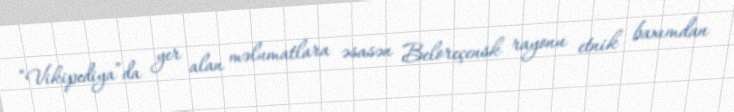
“Vikipediya”da yer alan məlumatlara əsasən Beloreçensk rayonu etnik baxımdan